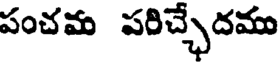
పంచమ పరిచ్చేదము